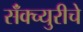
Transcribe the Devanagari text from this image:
सॅंक्च्युरीचे